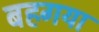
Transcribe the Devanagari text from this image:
बहगया